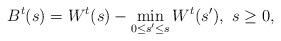
LaTeX: \begin{align*} B^t(s) = W^t(s) - \min_{0 \leq s^\prime \leq s} W^t(s^\prime), \ s \geq 0, \end{align*}